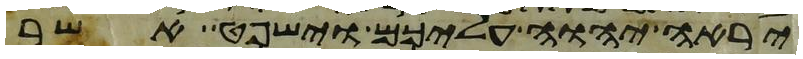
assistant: יראה יהוה עליכם וישפט אשר